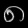
Digit: ၈